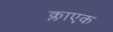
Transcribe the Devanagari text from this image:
क्लाएक